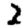
Digit: 2